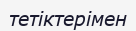
тетіктерімен